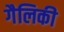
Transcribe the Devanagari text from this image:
गैलिकी